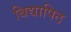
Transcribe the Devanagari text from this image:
बिद्यापिठ